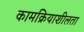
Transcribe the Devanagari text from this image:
कामक्रियाशीलता